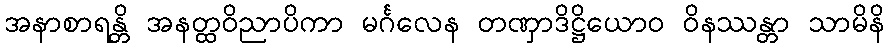
အနာစာရန္တိ အနတ္ထဝိညာပိကာ မင်္ဂလေန တဏှာဒိဋ္ဌိယောဝ ဝိနဿန္တာ သာမိနိ